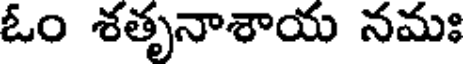
ఓం శతృనాశాయ నమః